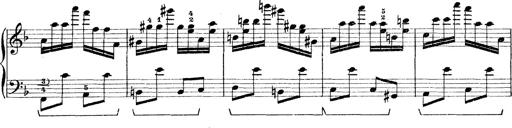
Title: Rapsodie: 19 ungheresi, 1 spagnuola
Composer: Franz Liszt